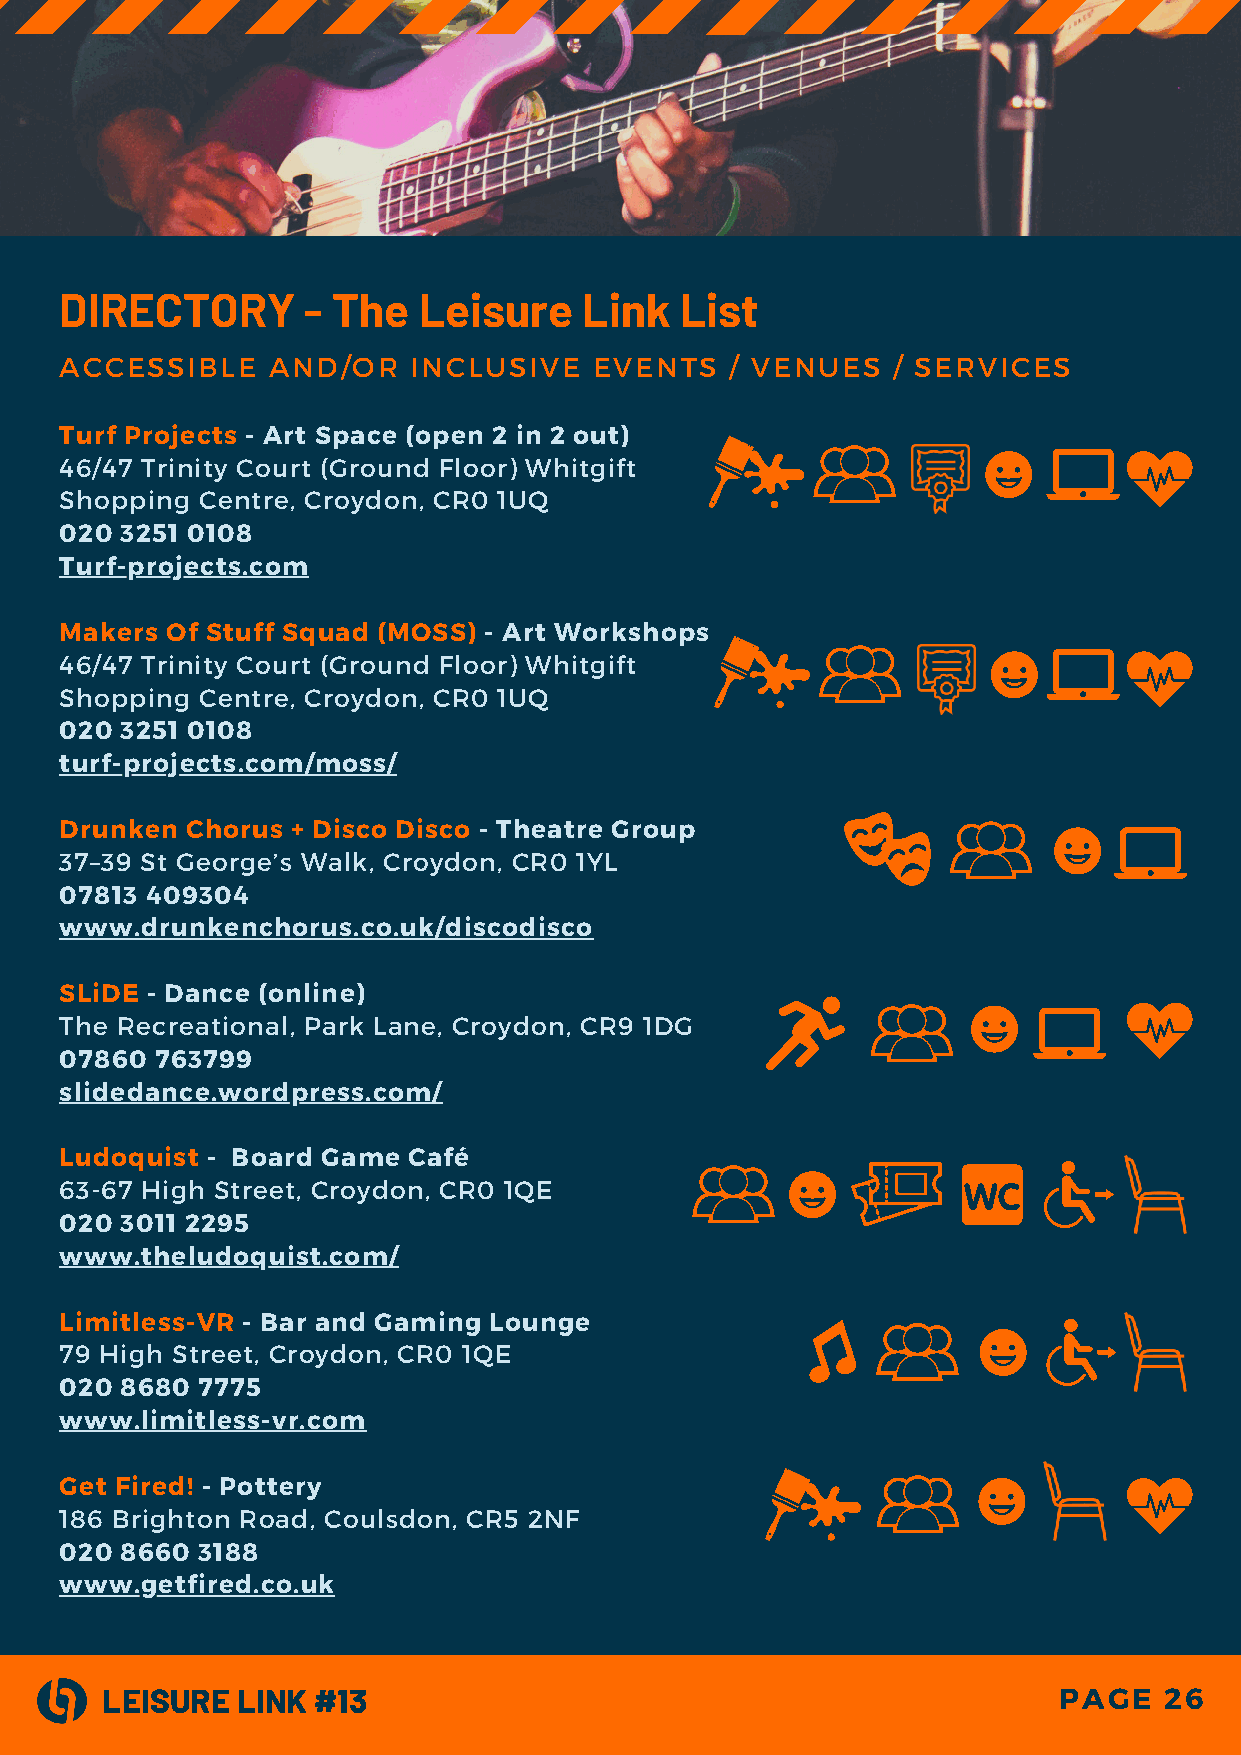
DIRECTORY       - The   Leisure    Link  List
 ACCESSIBLE    AND/OR   INCLUSIVE   EVENTS   / VENUES   / SERVICES
 Turf Projects - Art Space (open 2 in 2 out)
 46/47 Trinity Court (Ground Floor) Whitgift
 Shopping Centre, Croydon, CR0 1UQ
 020 3251 0108
 Turf-projects.com
 Makers Of Stuff Squad (MOSS) - Art Workshops
 46/47 Trinity Court (Ground Floor) Whitgift
 Shopping Centre, Croydon, CR0 1UQ
 020 3251 0108
 turf-projects.com/moss/
 Drunken Chorus + Disco Disco - Theatre Group
 37–39 St George’s Walk, Croydon, CR0 1YL
 07813 409304
 www.drunkenchorus.co.uk/discodisco
 SLiDE - Dance (online)
 The Recreational, Park Lane, Croydon, CR9 1DG
 07860 763799
 slidedance.wordpress.com/
 Ludoquist - Board Game Café
 63-67 High Street, Croydon, CR0 1QE
 020 3011 2295
 www.theludoquist.com/
 Limitless-VR - Bar and Gaming Lounge
 79 High Street, Croydon, CR0 1QE
 020 8680 7775
 www.limitless-vr.com
 Get Fired! - Pottery
 186 Brighton Road, Coulsdon, CR5 2NF
 020 8660 3188
 www.getfired.co.uk
 LEISURE  LINK #13                                              PAGE   26